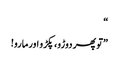
“
”تو پھر دوڑو، پکڑو اورمارو!